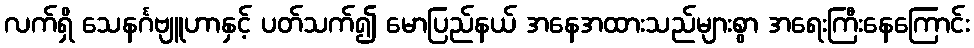
လက်ရှိ သေနင်္ဂဗျူဟာနှင့် ပတ်သက်၍ မောပြည်နယ် အနေအထားသည်များစွာ အရေးကြီးနေကြောင်း